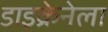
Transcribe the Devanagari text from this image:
डाइक्रेनेला